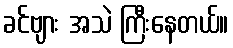
ခင်ဗျား အသဲ ကြီးနေတယ်။